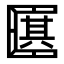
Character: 𠥩